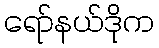
ရော်နယ်ဒိုက